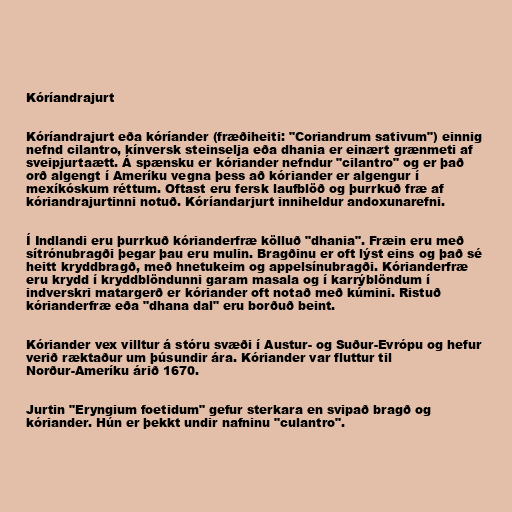
Kóríandrajurt

Kóríandrajurt eða kóríander (fræðiheiti: "Coriandrum sativum") einnig
nefnd cilantro, kínversk steinselja eða dhania er einært grænmeti af
sveipjurtaætt. Á spænsku er kóriander nefndur "cilantro" og er það
orð algengt í Ameríku vegna þess að kóriander er algengur í
mexíkóskum réttum. Oftast eru fersk laufblöð og þurrkuð fræ af
kóriandrajurtinni notuð. Kóríandarjurt inniheldur andoxunarefni.

Í Indlandi eru þurrkuð kórianderfræ kölluð "dhania". Fræin eru með
sítrónubragði þegar þau eru mulin. Bragðinu er oft lýst eins og það sé
heitt kryddbragð, með hnetukeim og appelsínubragði. Kórianderfræ
eru krydd í kryddblöndunni garam masala og í karrýblöndum í
indverskri matargerð er kóriander oft notað með kúmini. Ristuð
kórianderfræ eða "dhana dal" eru borðuð beint.

Kóriander vex villtur á stóru svæði í Austur- og Suður-Evrópu og hefur
verið ræktaður um þúsundir ára. Kóriander var fluttur til
Norður-Ameríku árið 1670.

Jurtin "Eryngium foetidum" gefur sterkara en svipað bragð og
kóriander. Hún er þekkt undir nafninu "culantro".